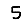
Digit: 5